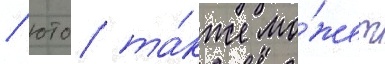
/ юто та́кже мо́жет